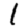
Digit: 1